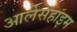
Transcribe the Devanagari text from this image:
आर्लेसहाइम